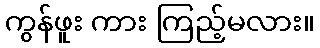
ကွန်ဖူး ကား ကြည့်မလား။